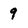
Character: 9